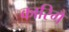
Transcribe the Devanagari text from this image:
कारिगै